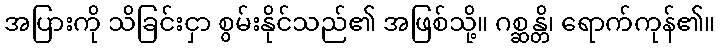
အပြားကို သိခြင်းငှာ စွမ်းနိုင်သည်၏ အဖြစ်သို့။ ဂစ္ဆန္တိ၊ ရောက်ကုန်၏။